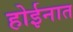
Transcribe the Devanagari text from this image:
होईनात